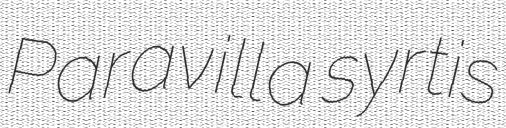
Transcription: Paravilla syrtis